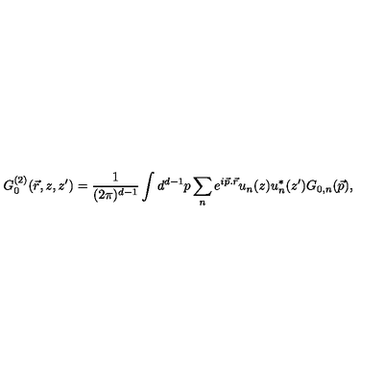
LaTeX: G _ { 0 } ^ { ( 2 ) } ( \vec { r } , z , z ^ { \prime } ) = \frac { 1 } { ( 2 \pi ) ^ { d - 1 } } \int d ^ { d - 1 } p \sum _ { n } e ^ { i \vec { p } . \vec { r } } u _ { n } ( z ) u _ { n } ^ { * } ( z ^ { \prime } ) G _ { 0 , n } ( \vec { p } ) ,